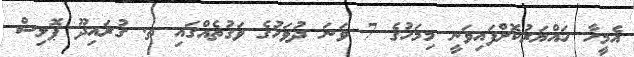
އެމީހާ ހައްޔަރުކޮށްފައިވަނީ މިމަހުގެ 7 ވަނަ ދުވަހުގެ ވަގުތެއްގައި ތ. ގުރައިދޫ ޕޮލިސް